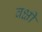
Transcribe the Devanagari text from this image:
वक्षी